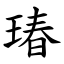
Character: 瑃